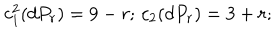
c _ { 1 } ^ { 2 } ( d P _ { r } ) = 9 - r ; \, c _ { 2 } ( d P _ { r } ) = 3 + r ;